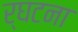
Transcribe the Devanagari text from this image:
र्घटना